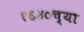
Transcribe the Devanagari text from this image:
१६४०च्या